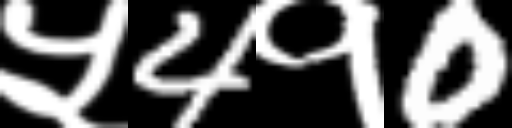
Text: ५4१0